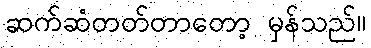
ဆက်ဆံတတ်တာတော့ မှန်သည်။